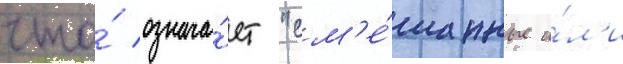
что́ означа́ет "см'е́шанные и́л'и